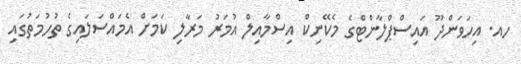
ހއ. އިހަވަންދޫ އައިސްޕްލާންޓްގެ މެކޭނިކް އިސްމާއިލް އުމަރު މަރާލި ކަމަށް އެމައްސަލައިގެ ތުހުމަތުގައި